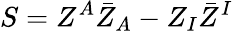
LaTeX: S=Z^{A}\bar{Z}_{A}-Z_{I}\bar{Z}^{I}